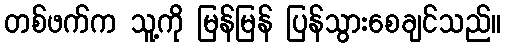
တစ်ဖက်က သူ့ကို မြန်မြန် ပြန်သွားစေချင်သည်။